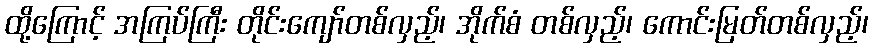
ထို့ကြောင့် အကြပ်ကြီး တိုင်းကျော်တစ်လှည့်၊ အိုက်စံ တစ်လှည့်၊ ကောင်းမြတ်တစ်လှည့်၊